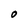
Character: O